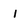
Character: i